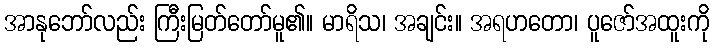
အာနုဘော်လည်း ကြီးမြတ်တော်မူ၏။ မာရိသ၊ အချင်း။ အရဟတော၊ ပူဇော်အထူးကို